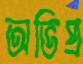
অভিপ্র